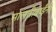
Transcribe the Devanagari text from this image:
मालतीबाईंनी